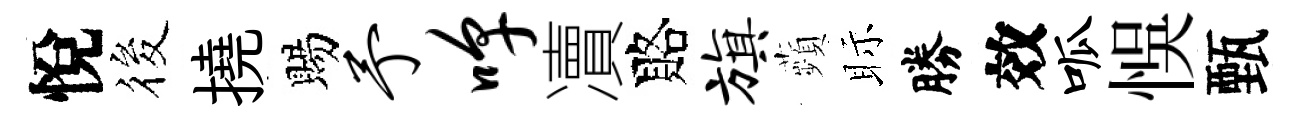
悅筱撓賜予嗥凟賂旗蘋眎勝效呱悞甄